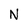
Character: N